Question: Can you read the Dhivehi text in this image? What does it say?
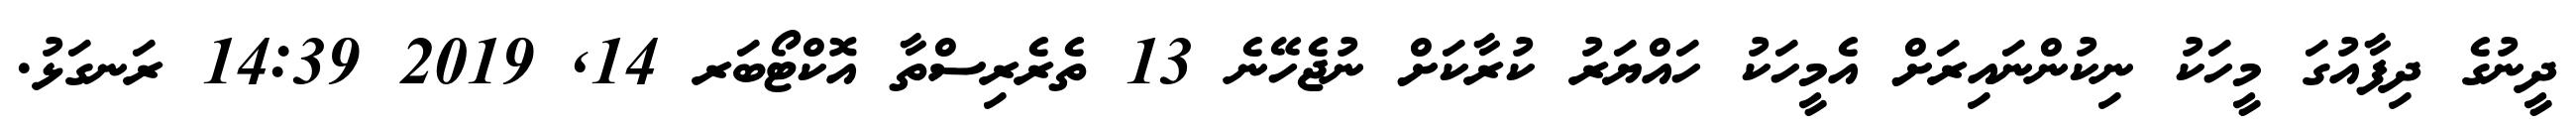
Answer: ދީނުގެ ދިފާއުގަ މީހަކު ނިކުންނައިރަށް އެމީހަކު ހައްޔަރު ކުރާކަށް ނުޖެހޭނެ 13 ތެރެރިސްތާ އޮކްޓޯބަރ 14, 2019 14:39 ރަނގަޅު.